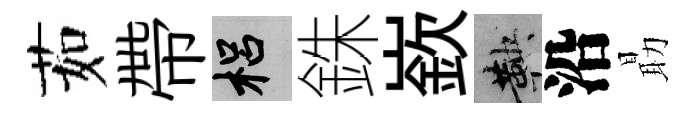
茹帶梠銖嶔鞅沿朂